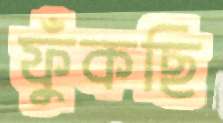
ফুঁকছি